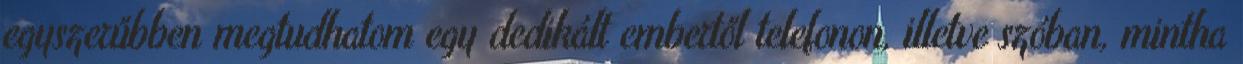
egyszerűbben megtudhatom egy dedikált embertől telefonon, illetve szóban, mintha